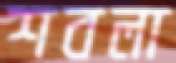
শবলা